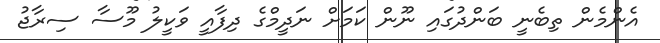
އެންމެން ތިބެނީ ބަންދުގައި ނޫން ކަމަށް ނަދީމްގެ ދިފާއީ ވަކީލު މޫސާ ސިރާޖު